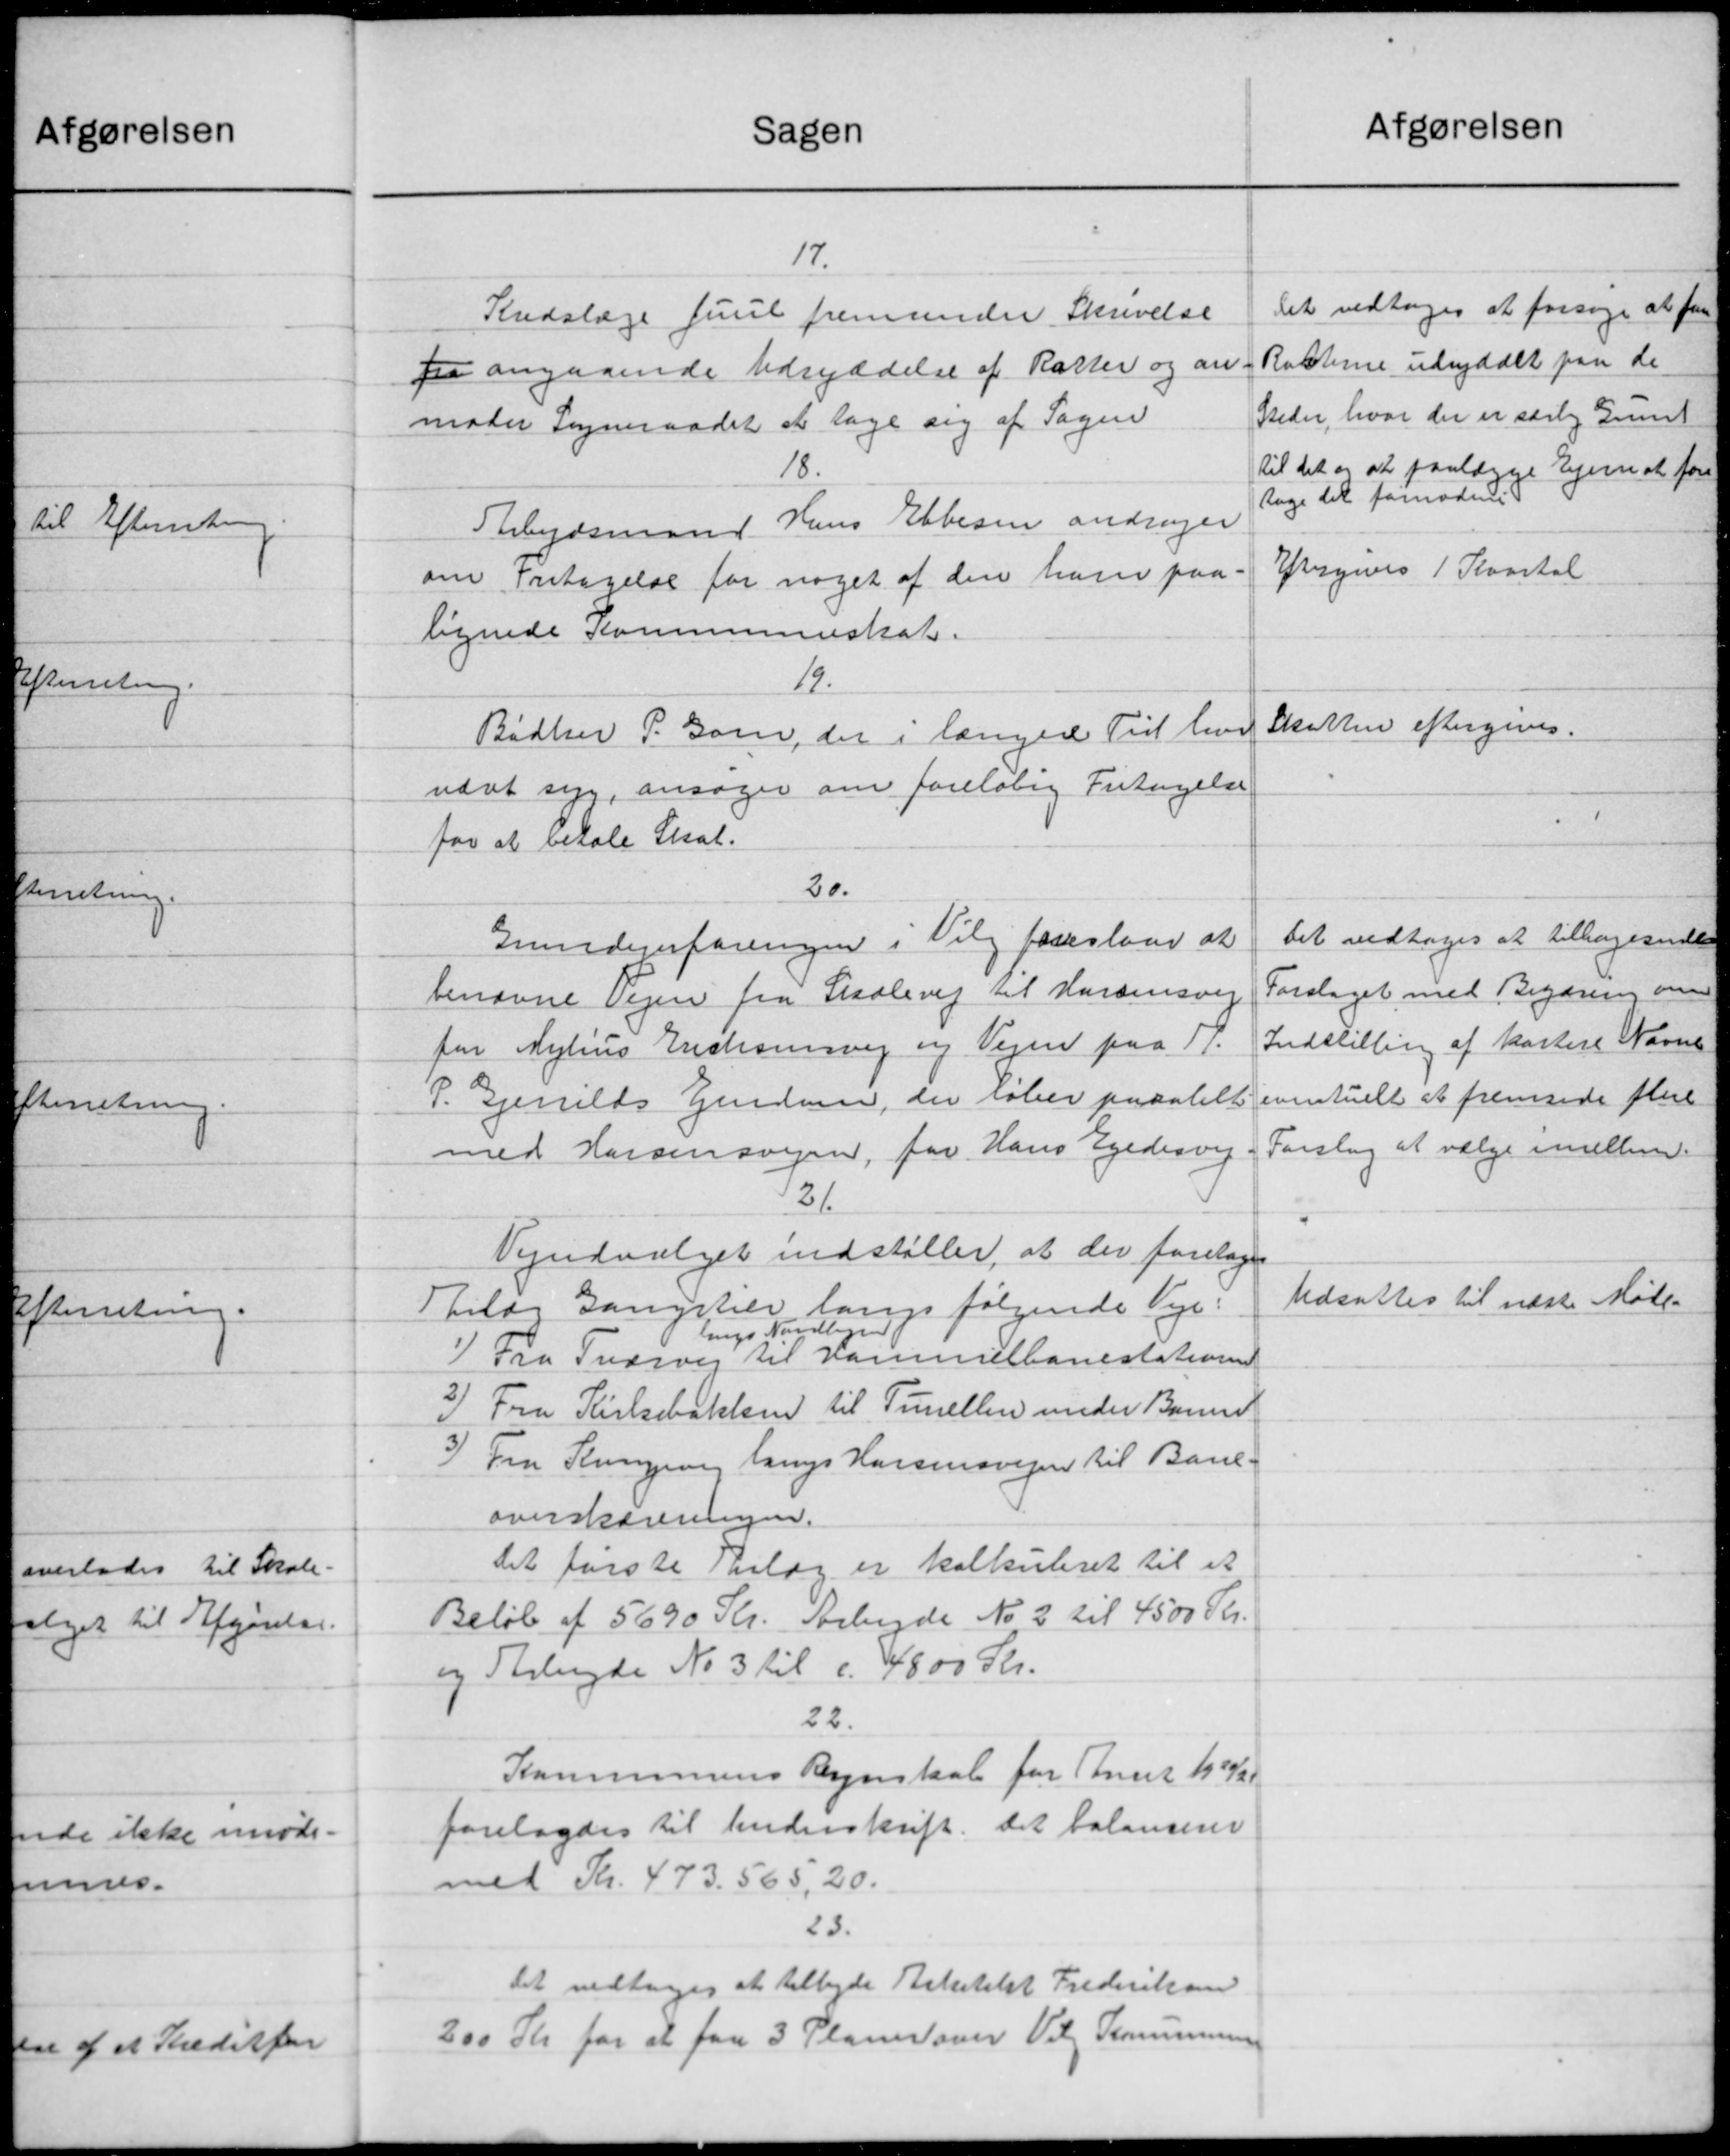
Transskription:
Sagen
17.
Kredslæge Juul fremsender Skrivelse
for angaaende Udryddelse af Raster og an
moder Sogneraadet at tage sig af Sagen
18.
Arbejdsmand Hans Ebbesen andrager
om Fritagelse for noget af den ham paa-
lignede Kommuneskat.
19.
Bødker P. Gom, der i langede Tid har
udat syg, ansøger om foreløbig Fritagelse
for at betale Skat.
20.
Grundejerforeningen i Valg foreslaar at
benævne Vejen fra Skolevej til Horsensvej
for Nyhus Erichsensvej og Vejen paa 17.
P. Gjenilts Ejendom, der rober paastelt
med Horsensvejen, for Hans Egedesvej
121
Vejudvalget indstiller, at der foretages
Bilag Gangstede langs følgende Veje:
lings Nordbjer
Fra Tværvej til Kammelbanestationen
2) Fra Kirkebakken til Timellen under Borne
3) Fra Kongevej langs Hansensvejen til Bane-
overskævningen.
det første forlag er kalkuleret til et
Beløb af 5690 Kr. Arbejde No 2 til 4500 Kr.
og Telede No 3 til c. 4800 Kr.
22.
Kommunens Regnskab for Aaret 1919/2.
forelagdes til Underskrift det balancerer
med Kr. 473.565,20.
23.
Det vedtoges at tilbyde Arkitekst Frederiksen
200 Kr for at faa 3 Planer over Vil Kommunen